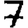
Digit: 7